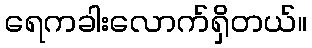
ရေကခါးလောက်ရှိတယ်။